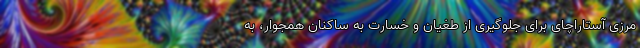
مرزی آستاراچای برای جلوگیری از طغیان و خسارت به ساکنان همجوار، به